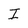
Character: I